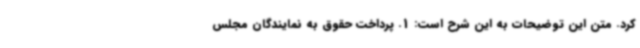
کرد. متن این توضیحات به این شرح است: 1. پرداخت حقوق به نمایندگان مجلس